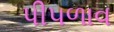
પી૫ળાવ